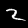
Digit: 2